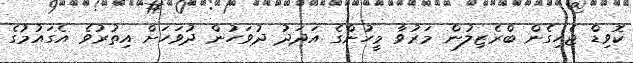
ކޮވިޑް ޖެހިގެން ބްރެޒިލުން މަރުވާ މީހުންގެ އަދަދު ދުވަހުން ދުވަހަށް އިތުރުވެ އެގައުމުގެ